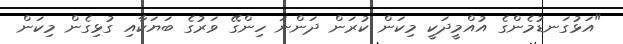
"އަޅުގަނޑުމެންގެ އުއްމީދަކީ މިކަން ކުރަން ދަންނަ ހިންގޭ ވަރުގެ ބަޔަކާއި ގުޅިގެން މިކަން